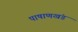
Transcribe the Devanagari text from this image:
पाषाणखंड